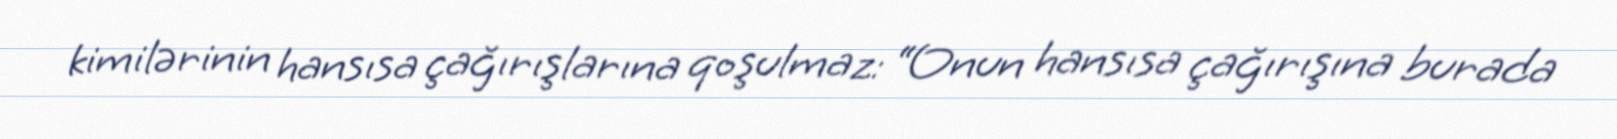
kimilərinin hansısa çağırışlarına qoşulmaz: “Onun hansısa çağırışına burada